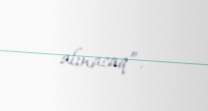
alınacaq”.